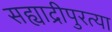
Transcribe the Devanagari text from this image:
सह्याद्रीपुरत्या